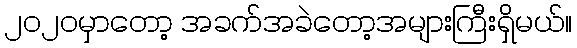
၂၀၂၀မှာတော့ အခက်အခဲတော့အများကြီးရှိမယ်။